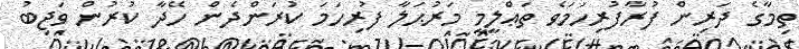
ތިމާގެ ދަރިން ފުރާފުރިހަމަވެ ތަޢްލީމީ މަރުޙަލާ ފުރިހަމަ ކުރަންދެން ހޭދާ ކުރުން ވަޖިބު